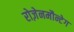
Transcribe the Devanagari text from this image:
रोज़ेनमौन्टेग